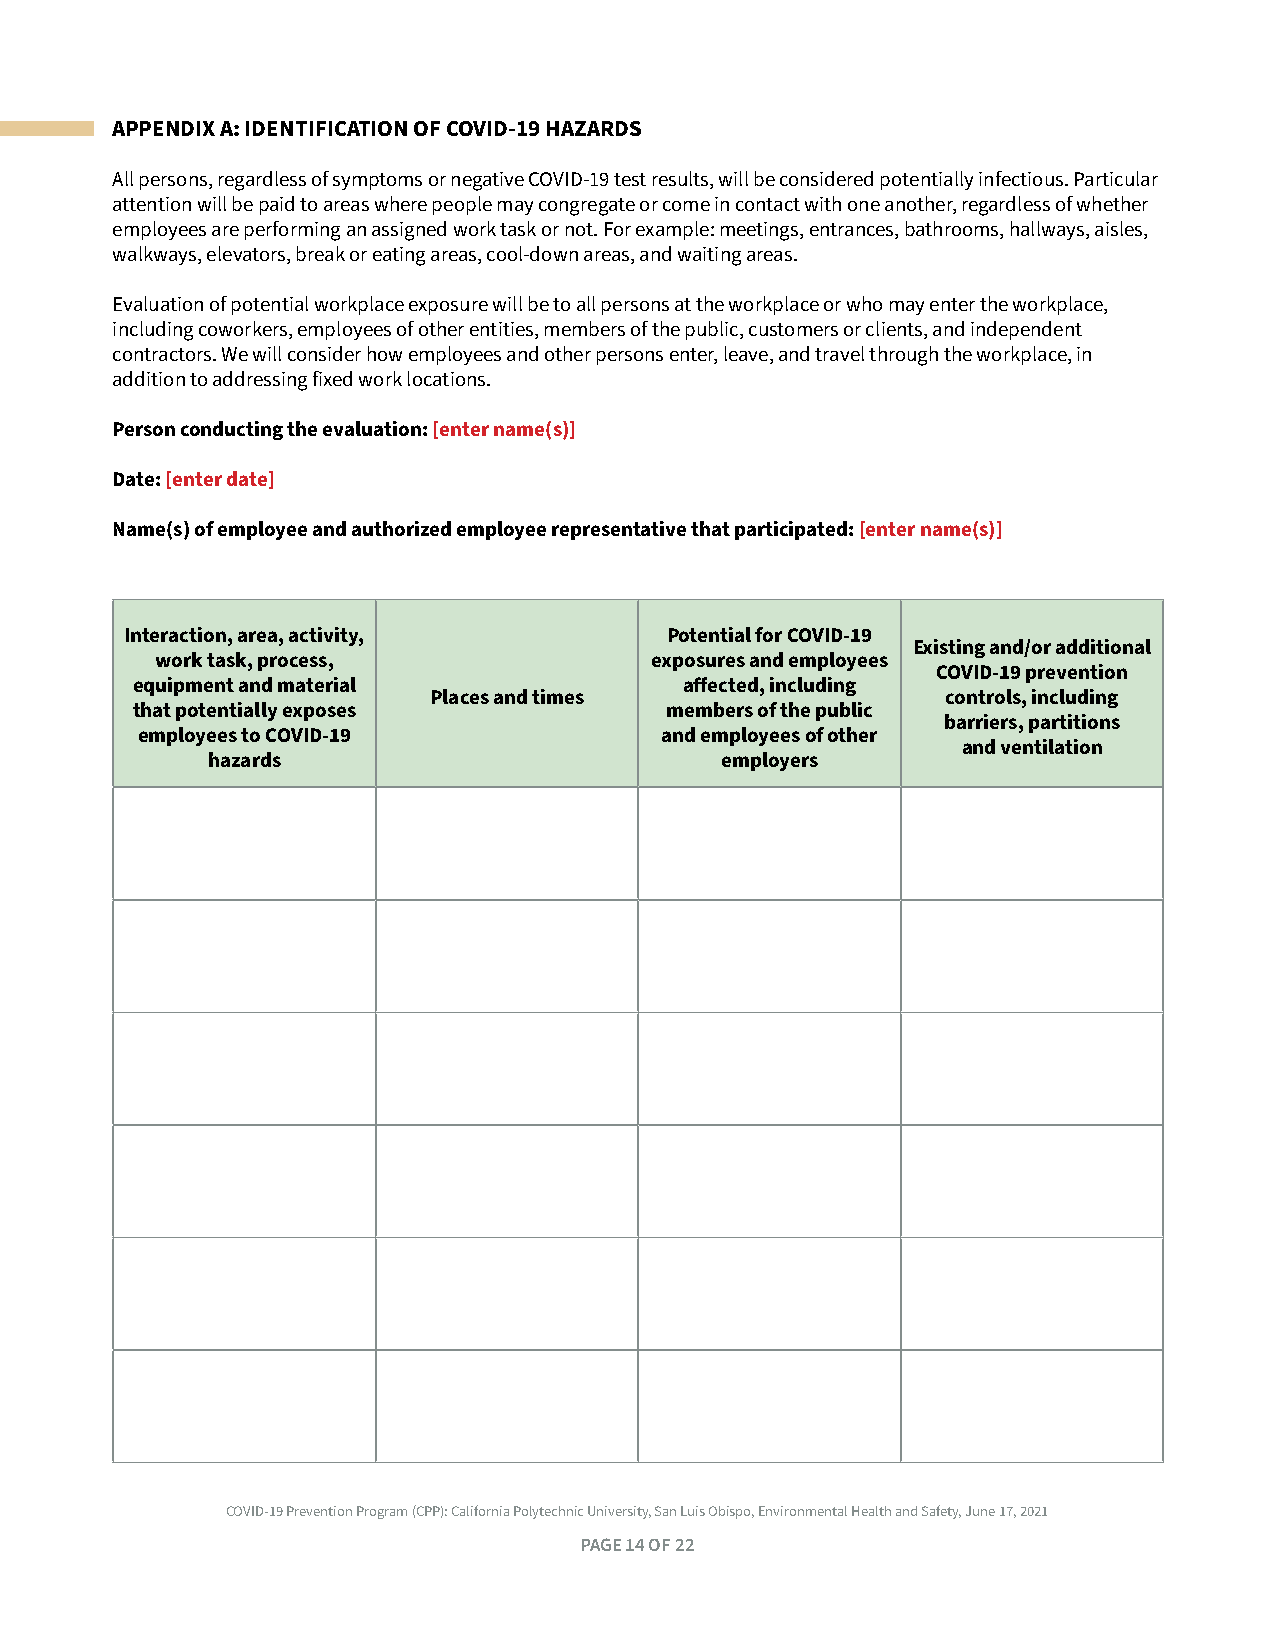
APPENDIX A: IDENTIFICATION OF COVID-19 HAZARDS
 All persons, regardless of symptoms or negative COVID-19 test results, will be considered potentially infectious . Particular
 attention will be paid to areas where people may congregate or come in contact with one another, regardless of whether
 employees are performing an assigned work task or not . For example: meetings, entrances, bathrooms, hallways, aisles,
 walkways, elevators, break or eating areas, cool-down areas, and waiting areas .
 Evaluation of potential workplace exposure will be to all persons at the workplace or who may enter the workplace,
 including coworkers, employees of other entities, members of the public, customers or clients, and independent
 contractors . We will consider how employees and other persons enter, leave, and travel through the workplace, in
 addition to addressing fixed work locations .
 Person conducting the evaluation: [enter name(s)]
 Date: [enter date]
 Name(s) of employee and authorized employee representative that participated: [enter name(s)]
 Interaction, area, activity,        Potential for COVID-19
 Existing and/or additional
 work task, process,              exposures and employees
 COVID-19 prevention
 equipment and material              affected, including
 Places and times                   controls, including
 that potentially exposes           members of the public
 barriers, partitions
 employees to COVID-19              and employees of other
 and ventilation
 hazards                           employers
 COVID-19 Prevention Program (CPP): California Polytechnic University, San Luis Obispo, Environmental Health and Safety, June 17, 2021
 PAGE 14 OF 22